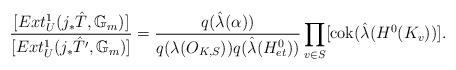
LaTeX: \begin{align*}\frac{[Ext^1_U(j_{*}\hat{T},\mathbb{G}_m)]}{[Ext^1_U(j_{*}\hat{T}',\mathbb{G}_m)]}=\frac{q(\hat{\lambda}(\alpha))}{q(\lambda(O_{K,S}))q(\hat{\lambda}(H^0_{et}))}\prod_{v\in S}[\mathrm{cok}(\hat{\lambda}(H^{0}(K_v))].\end{align*}